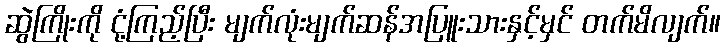
ဆွဲကြိုးကို ငုံ့ကြည့်ပြီး မျက်လုံးမျက်ဆန်အပြူးသားနှင့်မှင် တက်မိလျက်။